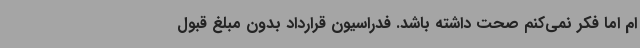
ام اما فکر نمی‌کنم صحت داشته باشد. فدراسیون قرارداد بدون مبلغ قبول